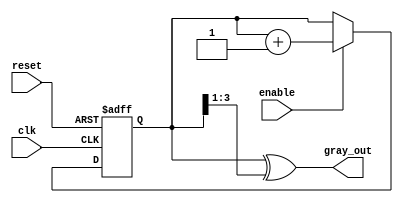
module gray_code_counter #(
    parameter N = 4  // Parameter for bit width (default is 4 bits)
)(
    input wire clk,       // Clock input
    input wire reset,     // Asynchronous reset
    input wire enable,    // Enable input
    output reg [N-1:0] gray_out // Output Gray code
);

// Internal binary counter
reg [N-1:0] binary_counter;

// Always block for binary counter
always @(posedge clk or posedge reset) begin
    if (reset) begin
        binary_counter <= 0; // Reset binary counter to 0
    end else if (enable) begin
        binary_counter <= binary_counter + 1; // Increment binary counter
    end
end

// Always block for Gray code conversion
always @(binary_counter) begin
    gray_out <= binary_counter ^ (binary_counter >> 1); // Convert to Gray code
end

endmodule